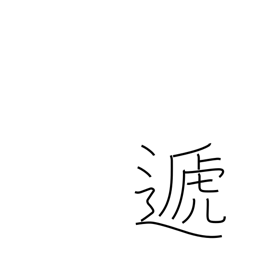
Meaning: hand over